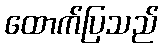
ထောက်ပြသည်